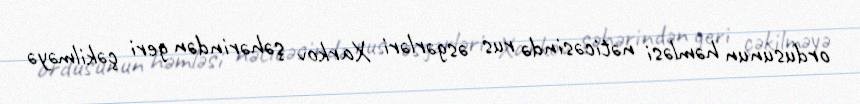
ordusunun həmləsi nəticəsində rus əsgərləri Xarkov şəhərindən geri çəkilməyə